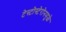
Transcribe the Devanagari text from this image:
टेस्टोस्टेरोनमुळे